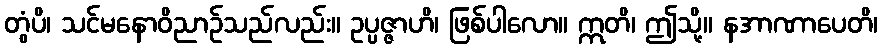
တွံပိ၊ သင်မနောဝိညာဉ်သည်လည်း။ ဥပ္ပဇ္ဇာဟိ၊ ဖြစ်ပါလော။ ဣတိ၊ ဤသို့။ နအာဏာပေတိ၊